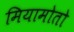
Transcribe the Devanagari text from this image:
मियामोतो